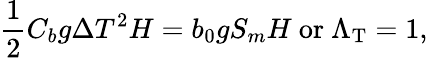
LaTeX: \frac{1}{2}C_{b}g\Delta T^{2}H=b_{0}gS_{m}H\ \mathrm{{or}\ \Lambda_{T}=1,}